On kala azar, malaria and malarial cachexia - Number 19
Disease focus: Malaria
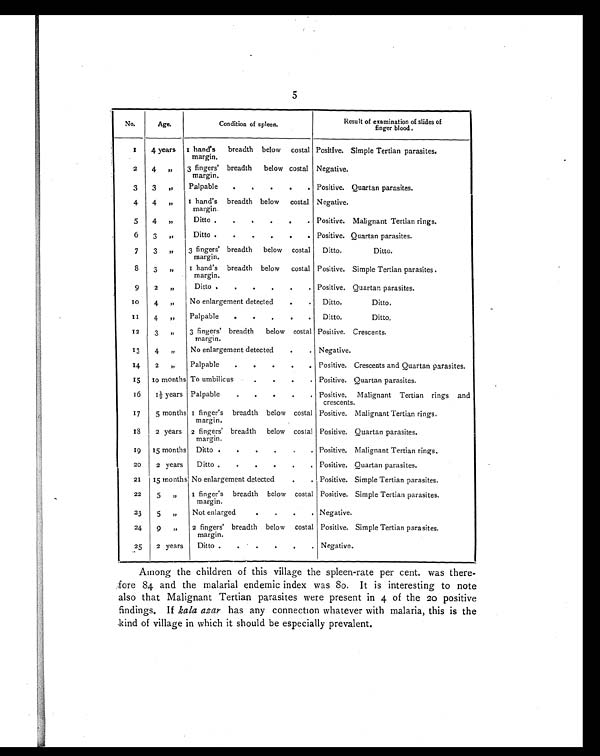
5
No.
Age.
Condition of spleen.
Result of examination of slides of
finger blood.
1
4 years I hand's breadth below costal
margin.
Positive. Simple Tertian parasites.
2
4 "
3 fingers' breadth below costal
margin.
Negative.
3
3 "
Palpable
.
.
.
.
. Positive. Quartan parasites.
4
4 "
I hand's breadth below costal
margin.
Negative.
5
4 "
Ditto .
.
.
.
.
. Positive. Malignant Tertian rings.
6
3 "
Ditto .
.
.
.
.
. Positive. Quartan parasites.
7
3 " 3 fingers' breadth below costal
margin.
Ditto.
Ditto.
8
3 " I hand's breadth below costal
margin.
Positive. Simple Tertian parasites .
9
2 "
Ditto .
.
. . . .
Positive. Quartan parasites.
10
4 " No enlargement detected
.
. Ditto.
Ditto.
1 1
4 "
Palpable
. . . . .
Ditto.
Ditto,
12
3 "
3 fingers' breadth below costal
margin.
Positive. Crescents.
13
4 "
No enlargement detected
.
. Negative.
14
2 "
Palpable
.
.
.
.
. Positive. Crescents and Quartan parasites.
1 5
10 months To umbilicus
.
.
.
. Positive. Quartan parasites.
1 6
1 1/2 years Palpable
.
.
.
.
. Positive. Malignant Tertian rings and
crescents.
17
5 months 1 finger's breadth below costal
margin.
Positive. Malignant Tertian rings.
1 8
2 years 2 fingers' breadth below costal
margin.
Positive. Quartan parasites.
19 15 months Ditto .
.
.
.
.
. Positive. Malignant Tertian rings.
20
2 years
Ditto .
.
.
.
.
. Positive. Quartan parasites.
21 15 months No enlargement detected
.
. Positive. Simple Tertian parasites.
22
5 "
1 finger's breadth below costal
margin.
Positive. Simple Tertian parasites.
23
5 "
Not enlarged
.
.
.
. Negative.
24
9 " 2 fingers' breadth below costal
margin.
Positive. Simple Tertian parasites.
25
2 years
Ditto .
.
.
.
.
. Negative.
Among the children of this village the spleen-rate per cent. was there-
fore 84 and the malarial endemic index was 80. It is interesting to note
also that Malignant Tertian parasites were present in 4 of the 20 positive
findings. If kala azar has any connection whatever with malaria, this is the
kind of village in which it should be especially prevalent.